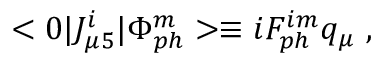
< 0 | J _ { \mu 5 } ^ { i } | \Phi _ { p h } ^ { m } > \equiv i F _ { p h } ^ { i m } q _ { \mu } ~ ,